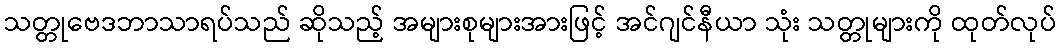
သတ္တုဗေဒဘာသာရပ်သည် ဆိုသည့် အများစုများအားဖြင့် အင်ဂျင်နီယာ သုံး သတ္တုများကို ထုတ်လုပ်